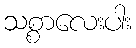
သစ္စာလေးပါး